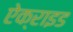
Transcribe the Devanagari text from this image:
ऐक्राइड